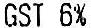
GST 6%